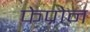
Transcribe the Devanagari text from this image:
फेप्रोन